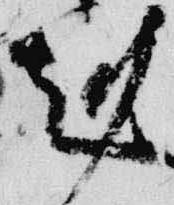
剋